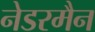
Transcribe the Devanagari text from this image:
नेडरमैन